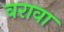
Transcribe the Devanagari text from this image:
वरावा